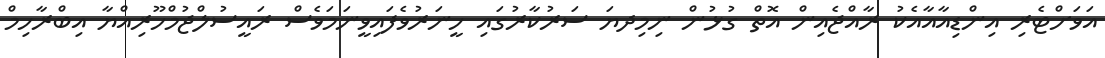
އަވަށްޓެރި އިންޑިއާއާއެކު ރާއްޖެއިން އޮތް ގުޅުން ނިމިދޔަ ސަރުކާރުގައި ހީނަރުވެފައިވީނަމަވެސް ރައީސުލްޖުމްހޫރިއްޔާ އިބްރާހިމް